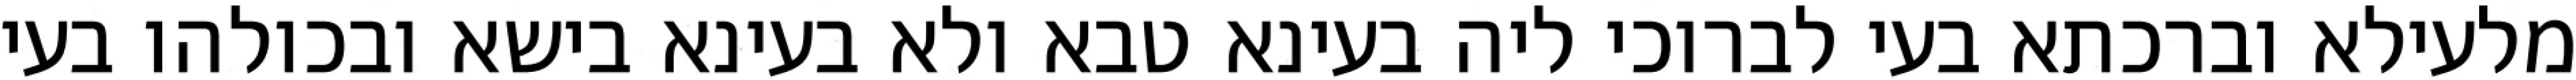
מלעילא וברכתא בעי לברוכי ליה בעינא טבא ולא בעינא בישא ובכולהו בעי